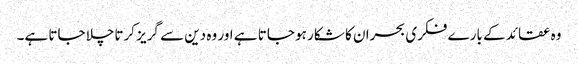
وہ عقائد کے بارے فکری بحران کا شکار ہو جاتا ہے اور وہ دین سے گریز کرتاچلا جاتا ہے۔